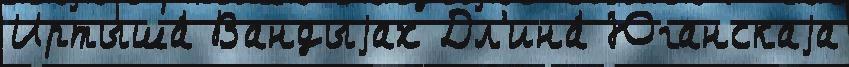
Иртыша́ Вандыjах Дл'ина́ Юганскаjа